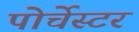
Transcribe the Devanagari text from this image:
पोर्चेस्टर